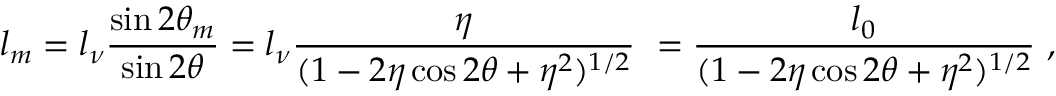
l _ { m } = l _ { \nu } \frac { \sin 2 \theta _ { m } } { \sin 2 \theta } = l _ { \nu } \frac { \eta } { ( 1 - 2 \eta \cos 2 \theta + \eta ^ { 2 } ) ^ { 1 / 2 } } ~ = \frac { l _ { 0 } } { ( 1 - 2 \eta \cos 2 \theta + \eta ^ { 2 } ) ^ { 1 / 2 } } ~ ,